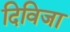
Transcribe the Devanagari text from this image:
दिविजा